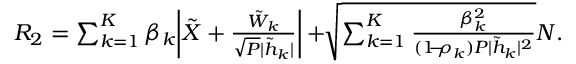
\begin{array} { r l } & { { { { R } } _ { 2 } } = \sum _ { k = 1 } ^ { K } \beta _ { k } \bigg | { { \tilde { X } } } + \frac { { { \tilde { W } _ { k } } } } { \sqrt { P } { | \tilde { h } _ { k } | } } \bigg | + \! \! \sqrt { \sum _ { k = 1 } ^ { K } \frac { \beta _ { k } ^ { 2 } } { ( 1 \! \! - \! \! \rho _ { k } ) P | \tilde { h } _ { k } | ^ { 2 } } } { N } . } \end{array}